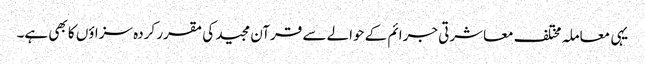
یہی معاملہ مختلف معاشرتی جرائم کے حوالے سے قرآن مجید کی مقرر کردہ سزاؤں کا بھی ہے۔